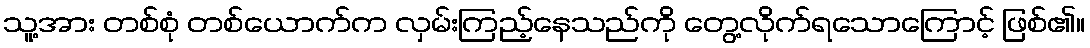
သူ့အား တစ်စုံ တစ်ယောက်က လှမ်းကြည့်နေသည်ကို တွေ့လိုက်ရသောကြောင့် ဖြစ်၏။